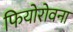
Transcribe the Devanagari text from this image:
फियोरोवना